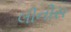
લીનીસ